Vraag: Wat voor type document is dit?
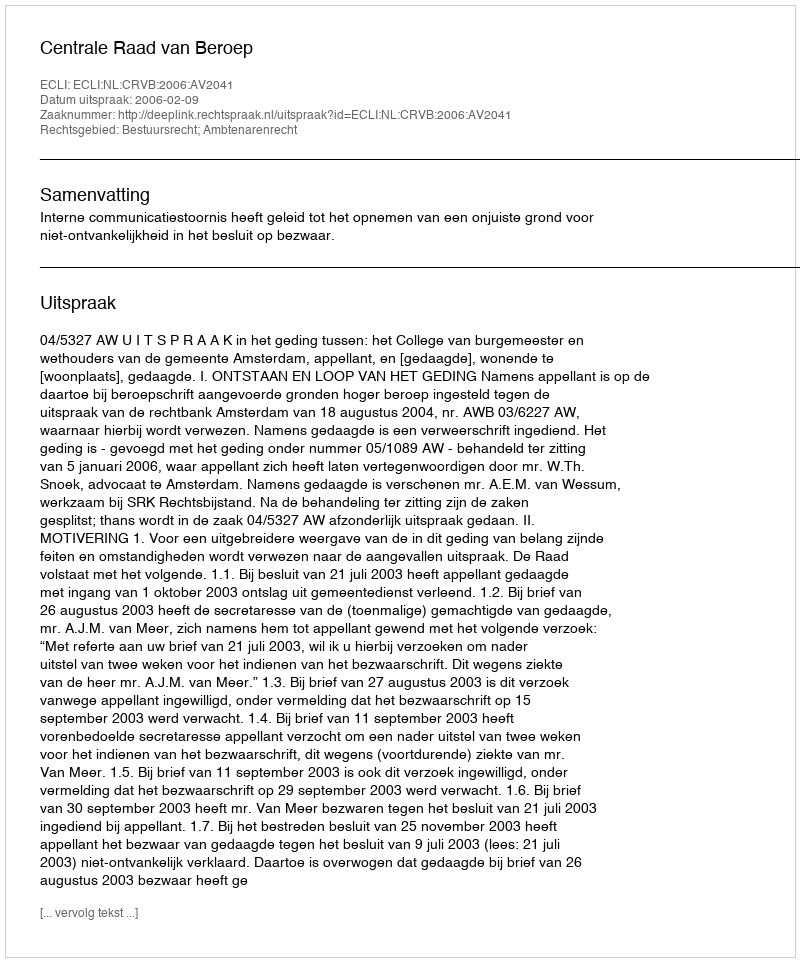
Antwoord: Uitspraak